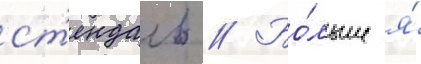
ст'ендаль // Бо́льше я́